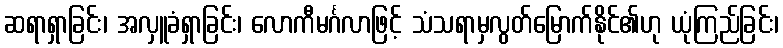
ဆရာရှာခြင်း၊ အလှူခံရှာခြင်း၊ လောကီမင်္ဂလာဖြင့် သံသရာမှလွတ်မြောက်နိုင်၏ဟု ယုံကြည်ခြင်း၊